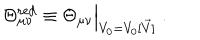
\Theta _ { \mu \nu } ^ { \mathrm { r e d } } \equiv \Theta _ { \mu \nu } \Big | _ { V _ { 0 } = V _ { 0 } [ \vec { V } ] } ~ .